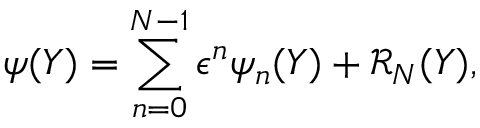
\psi ( Y ) = \sum _ { n = 0 } ^ { N - 1 } \epsilon ^ { n } \psi _ { n } ( Y ) + \mathcal { R } _ { N } ( Y ) ,